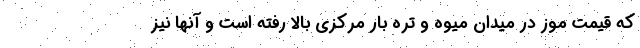
که قیمت موز در میدان میوه و تره بار مرکزی بالا رفته است و آنها نیز